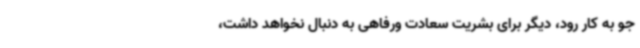
جو به کار رود، دیگر برای بشریت سعادت ورفاهی به دنبال نخواهد داشت،